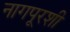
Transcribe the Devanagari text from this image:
नागपूरशी